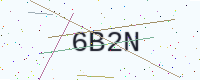
Text: 6B2N